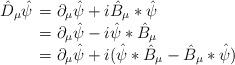
LaTeX: \begin{align*}\hat D_{\mu}\hat\psi \begin{array}[t]{l} =\partial_{\mu}\hat\psi+i\hat B_\mu*\hat\psi \\=\partial_{\mu}\hat\psi-i\hat\psi*\hat B_\mu \\=\partial_{\mu}\hat\psi+i(\hat\psi*\hat B_\mu -\hat B_\mu*\hat\psi )\end{array}\end{align*}